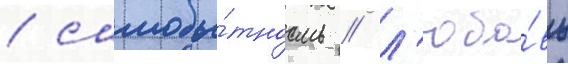
/ самобы́тность / л'юбо́вь